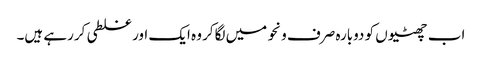
اب چھٹیوں کو دوبارہ صرف ونحو میں لگاکر وہ ایک اور غلطی کررہے ہیں۔